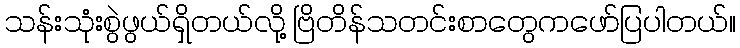
သန်းသုံးစွဲဖွယ်ရှိတယ်လို့ ဗြိတိန်သတင်းစာတွေကဖော်ပြပါတယ်။